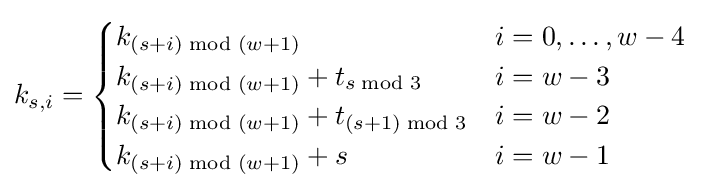
k_{s,i}={\begin{cases}k_{(s+i){\bmod {(}}w+1)}&i=0,\dots ,w-4\\k_{(s+i){\bmod {(}}w+1)}+t_{s{\bmod {3}}}&i=w-3\\k_{(s+i){\bmod {(}}w+1)}+t_{(s+1){\bmod {3}}}&i=w-2\\k_{(s+i){\bmod {(}}w+1)}+s&i=w-1\end{cases}}